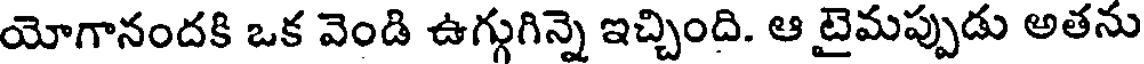
యోగానందకి ఒక వెండి ఉగ్గుగిన్నె ఇచ్చింది. ఆ టైమప్పుడు అతను